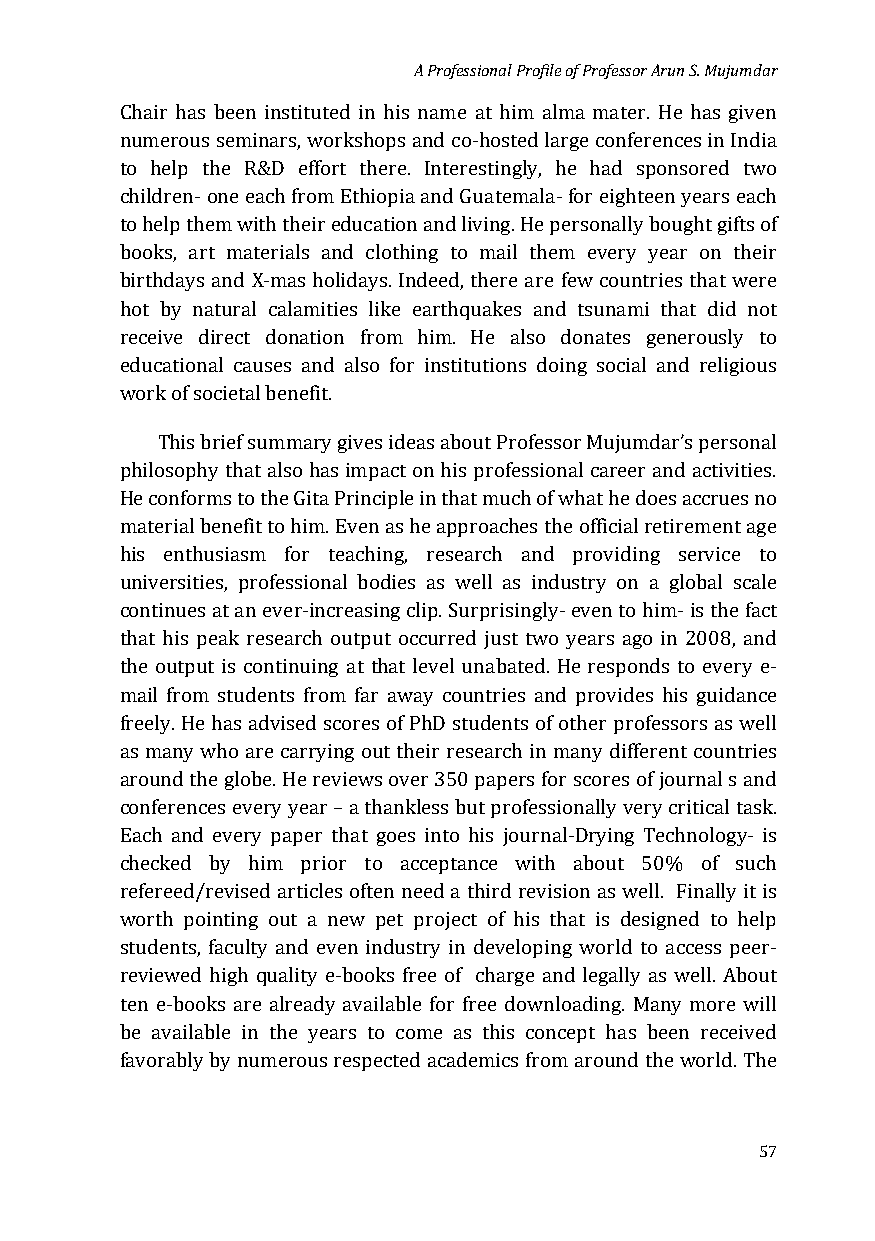
A Professional Profile of Professor Arun S. Mujumdar
 Chair has been instituted in his name at him alma mater. He has given
 numerous seminars, workshops and co-hosted large conferences in India
 to help the R&D effort there. Interestingly, he had sponsored two
 children- one each from Ethiopia and Guatemala- for eighteen years each
 to help them with their education and living. He personally bought gifts of
 books, art materials and clothing to mail them every year on their
 birthdays and X-mas holidays. Indeed, there are few countries that were
 hot by natural calamities like earthquakes and tsunami that did not
 receive direct donation from him. He also donates generously to
 educational causes and also for institutions doing social and religious
 work of societal benefit.
 This brief summary gives ideas about Professor Mujumdar’s personal
 philosophy that also has impact on his professional career and activities.
 He conforms to the Gita Principle in that much of what he does accrues no
 material benefit to him. Even as he approaches the official retirement age
 his enthusiasm for teaching, research and providing service to
 universities, professional bodies as well as industry on a global scale
 continues at an ever-increasing clip. Surprisingly- even to him- is the fact
 that his peak research output occurred just two years ago in 2008, and
 the output is continuing at that level unabated. He responds to every e-
 mail from students from far away countries and provides his guidance
 freely. He has advised scores of PhD students of other professors as well
 as many who are carrying out their research in many different countries
 around the globe. He reviews over 350 papers for scores of journal s and
 conferences every year – a thankless but professionally very critical task.
 Each and every paper that goes into his journal-Drying Technology- is
 checked by him prior to acceptance with about 50% of such
 refereed/revised articles often need a third revision as well. Finally it is
 worth pointing out a new pet project of his that is designed to help
 students, faculty and even industry in developing world to access peer-
 reviewed high quality e-books free of charge and legally as well. About
 ten e-books are already available for free downloading. Many more will
 be available in the years to come as this concept has been received
 favorably by numerous respected academics from around the world. The
 57